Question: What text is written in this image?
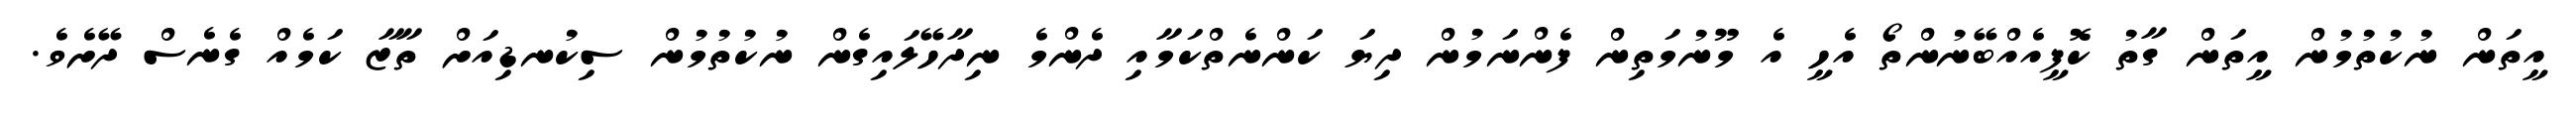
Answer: އީތަން ނުކުތުމުން އީތަން ގާތު ކޮފީއެއްބޭނުންތޯ އެހީ އެ މޫނުމަތިން ފެންނަމުން ދިޔަ ކަންނެތްކަމާއި ދެންމެ ނިދާހޭލައިގެން ނުކުތުމުން ސިކުނޑިއަށް ތާޒާ ކަމެއް ގެނެސް ދޭށެވެ.